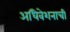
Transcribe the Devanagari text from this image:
अधिवेशनाची